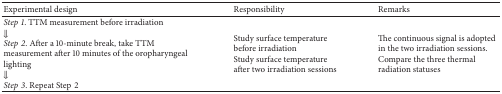
| Experimental design | Responsibility | Remarks |
 | --- | --- | --- |
 | Step1. TTM measurement before irradiation ⇓ Step2. After a 10-minute break, take TTM measurement after 10 minutes of the oropharyngeal lighting ⇓ Step3. Repeat Step2 | Study surface temperature before irradiationStudy surface temperature after two irradiation sessions | The continuous signal is adopted in the two irradiation sessions. Compare the three thermal radiation statuses |